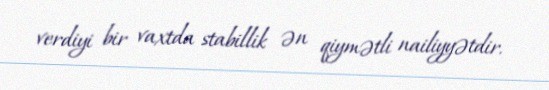
verdiyi bir vaxtda stabillik ən qiymətli nailiyyətdir.